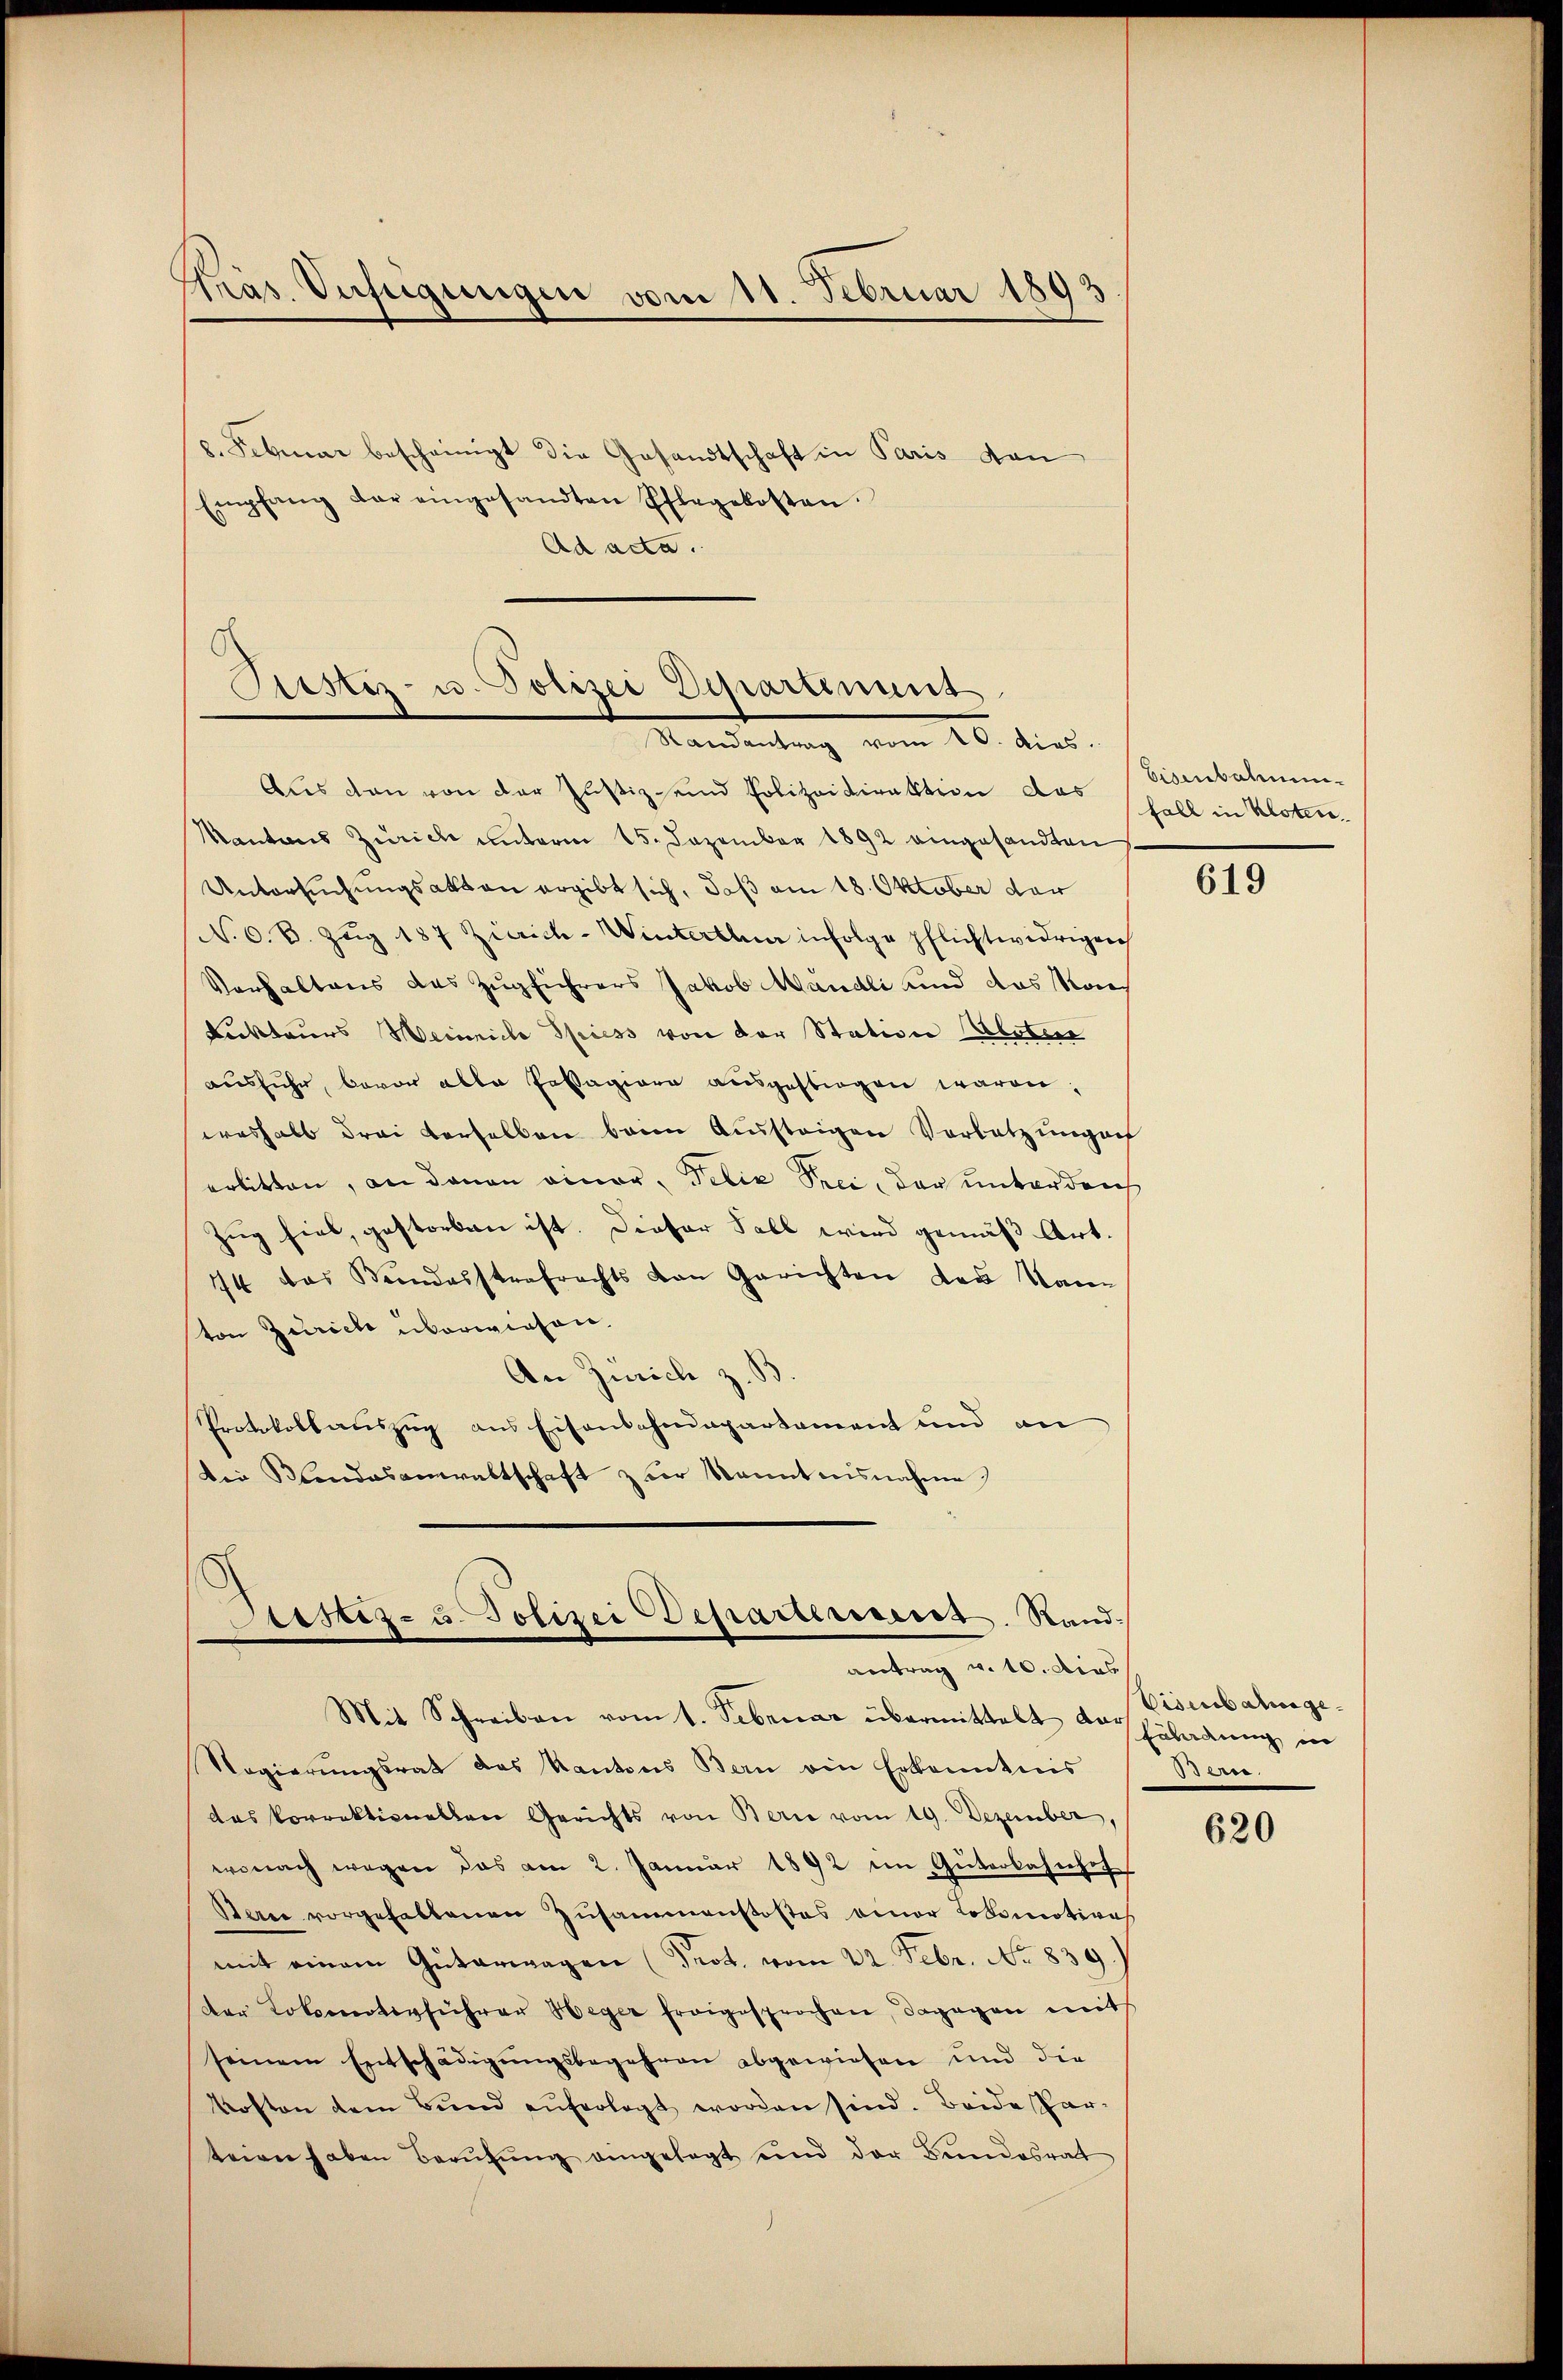
Gras Instigungen vom 11. Februar 1893

8. Februar bescheinigt die Gesandtschaft in Paris von
Empfang der eingesandten Pflegekosten.
Ad acta.

Aus den von der Justiz- und Polizeidirektion das Schall in Uster¬
Kantons Zürich unterm 15. Dezember 1892 eingesandten
Untersuchungsakten ergibt sich, daß am 18. Oktober der
N. O. S. Zŭg 187 Zicrich-Winterthur infolge pflichtwidrigen
Verhaltens des Zugführers Jakob Mandli und das Kon¬
Lickteurs Weinriche Spiess von der Station Aester
ausfuhr, bevor alle Erstagiore ausgestiegen waren,
weshalb drei verselben beim Aussteigen Vorlatz ungach
erbitten, an daran einer, Felix Prei, der unterdeich
Zug fiel, gestorben ist. Dieser Fall wird gemäß Art.
44 das Bundesstrafrechts von Gerichten der Kan
ton Zürich überwiesen.
An Zürich z. S
Protokollauszug aus Eisenschenpartament und an
Die Mandasanwaltschaft zur Kenntnisnahme)

Siestiz- u. Polizei Schartenunt
Mandertung vom 20. dies

Custiz- u. Polizei Departement. Sandantrag v. 10. dies
Mit Schreiben vom 1. Februar übermittelt der Einladung in

Nogierŭngsrat das Kantons Bern ein Erkanntnis
das korrektionellen Gerichts von Berie vom 19. Dezember,
wonach wegen das am 2. Januar 1892 im Güterbahnhof
Barer vorgehaltenen Zusammenstostes einer Lokomotion
mit einem Güterwagen (Prot. vom 22. Febr. No 839.)
der Lokomotivführer Heger frogesprochen, dagegen mit
seinem Entschädigungsbegehren abgewiesen und die
kosten dem Bund auferlegt worden sind. Beide Par
teien haben Berŭtŭng eingelegt und der Bundesrat

Eisenbahnun¬

619

Eisenbahn ge¬
.

620